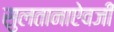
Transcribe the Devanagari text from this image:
सुलतानाऐवजी